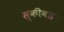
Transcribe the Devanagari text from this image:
स्कीवड